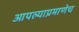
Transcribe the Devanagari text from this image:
आपल्याप्रमाणेच